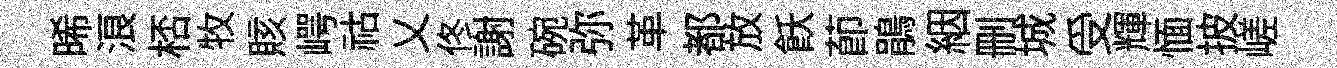
晞浪桮牧賅崿祜乂佟謝碗弥革都放飫莭鵑絪删城受輝愐披嵯